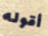
أقوله